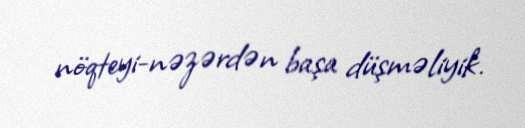
nöqteyi-nəzərdən başa düşməliyik.